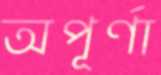
অপূর্ণা